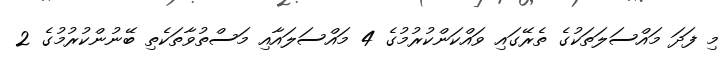
މި ފަދަ މައްސަލަތަކުގެ ތެރޭގައި ވައްކަންކުރުމުގެ 4 މައްސަލައާއި މަސްތުވާތަކެތި ބޭނުންކުރުމުގެ 2